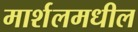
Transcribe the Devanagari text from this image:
मार्शलमधील